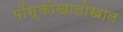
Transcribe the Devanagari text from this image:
मॉस्कोखालोखाल